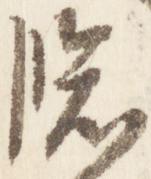
臨